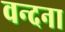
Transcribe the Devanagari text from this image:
वन्‍दना